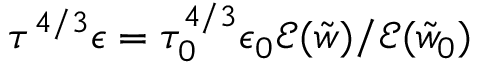
\tau ^ { 4 / 3 } \epsilon = \tau _ { 0 } ^ { 4 / 3 } \epsilon _ { 0 } \mathcal { E } ( \tilde { w } ) / \mathcal { E } ( \tilde { w } _ { 0 } )